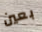
بعين